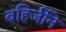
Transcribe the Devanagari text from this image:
बहिर्जीने